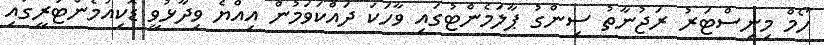
ހޯމް މިނިސްޓަރު ރަޖުނާތު ސިންގު ޕާލަމެންޓުގައި ވާހަކަ ދައްކަވަމުން އިއްޔެ ވިދާޅުވީ ޑޮކިއުމެންޓަރީގައި